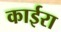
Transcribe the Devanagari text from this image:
काईरा